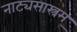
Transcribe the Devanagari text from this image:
नाट्यसास्त्रम्